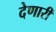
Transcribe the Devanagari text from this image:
देणारीं